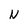
Character: N